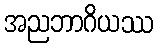
အညဘာဂိယဿ